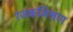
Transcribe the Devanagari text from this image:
रंजकमिश्रण